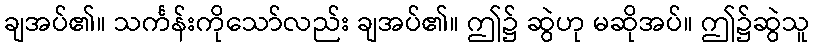
ချအပ်၏။ သင်္ကန်းကိုသော်လည်း ချအပ်၏။ ဤ၌ ဆွဲဟု မဆိုအပ်။ ဤ၌ဆွဲသူ